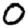
Digit: 0